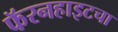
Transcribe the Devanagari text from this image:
फॅरनहाइटचा